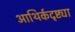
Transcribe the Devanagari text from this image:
आथिर्कदृष्ट्या